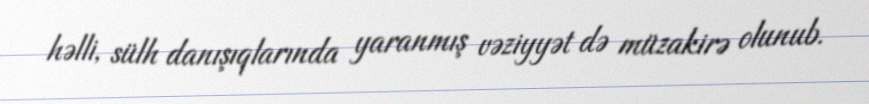
həlli, sülh danışıqlarında yaranmış vəziyyət də müzakirə olunub.